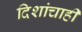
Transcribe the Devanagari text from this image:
दिशांचाही